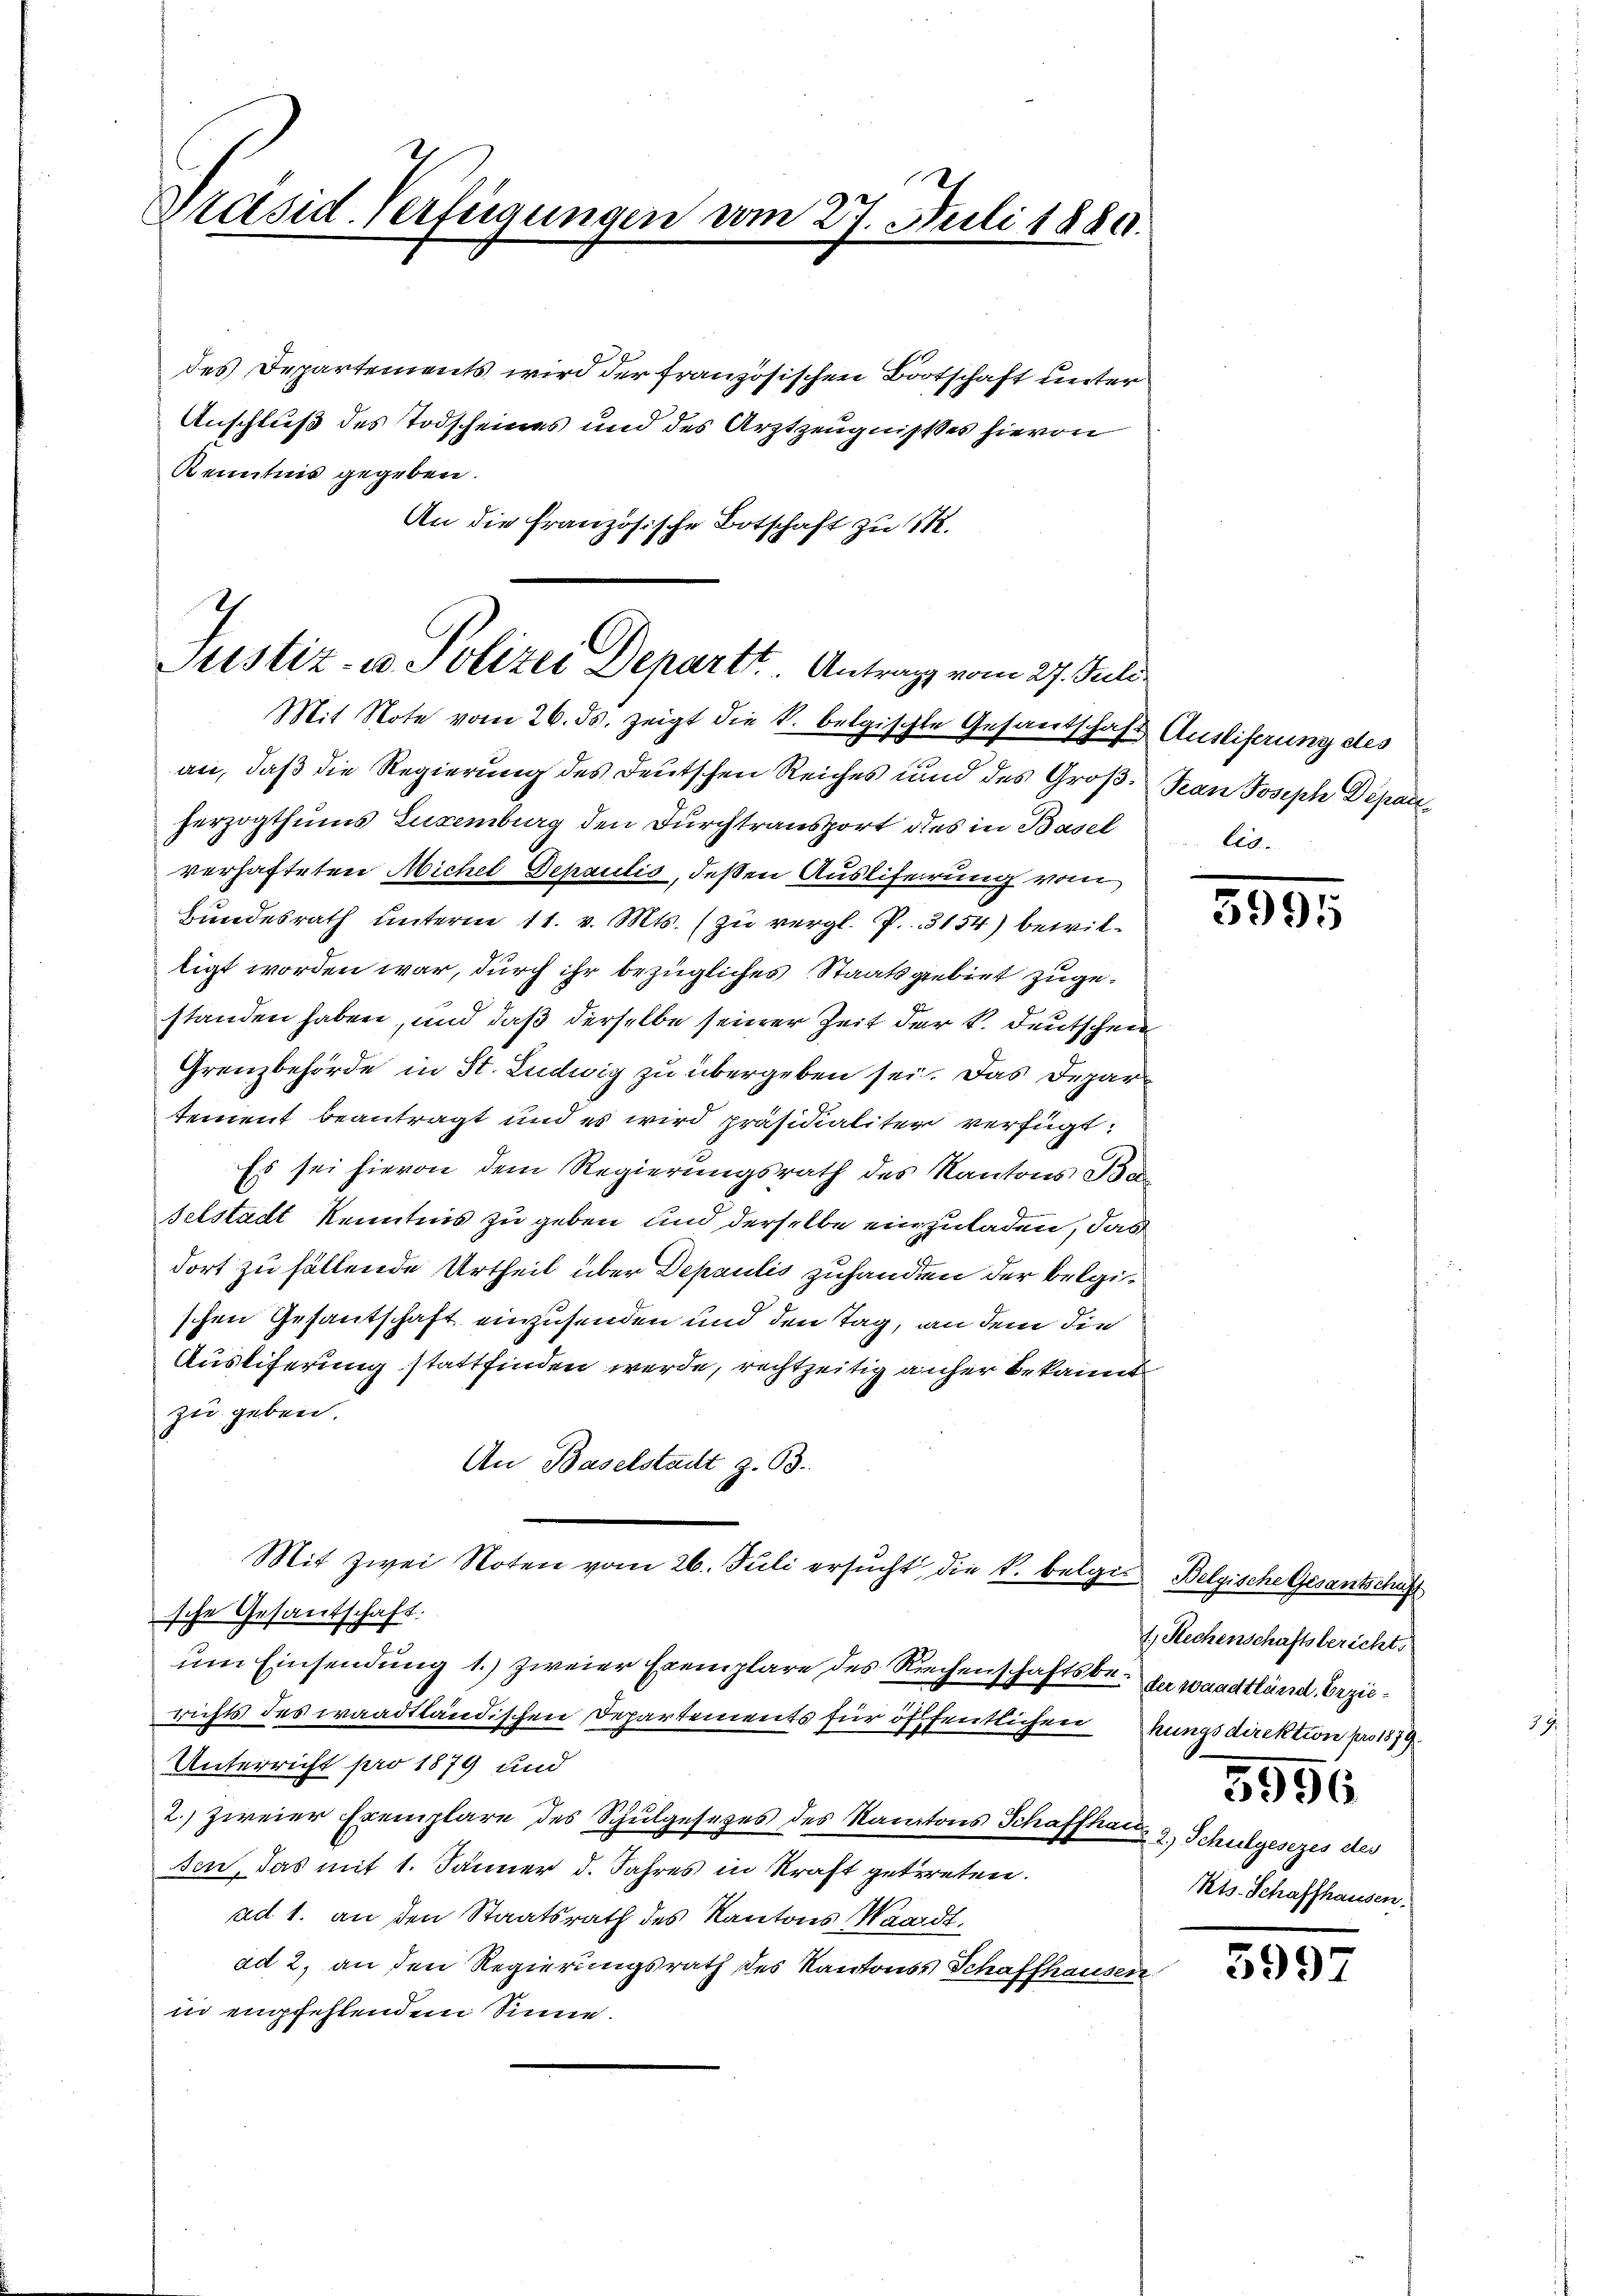
Präsid. Verfügungen

des Departements wird der französischen Botschaft unter
Anschluß des Todscheines und des Arztzeugnisses hievon
Kenntnis gegeben.
An die Französische Botschaft zu 1.

7
Justiz- u. Polizei Departt. Antrags vom 27. Juli
Mit Note vom 26. ds. zeigt die k. belgischte Gesandschaft Ausliferung des

vom 27. Juli 1880.

an, daß die Regierung des Deutschen Reiches und des Groß- San Joseph Deparherzogthums Luxenburg den Durchtransport des in Basel
verhafteten Michel Departis, deßen Auslieferung vom
Bundesrath unterm 11. v. Mts. (zu vergl. P. 3154) bewiltigt worden war, durch ihr bezügliches Staatsgebiet zugestanden haben, und daß derselbe seiner Zeit der k. deutschen
Grenzbehörde in St. Ludwig zu übergeben sei. Das Departement beantragt und es wird präsidialiter verfügt:
Es sei hievon dem Regierungsrath des Kantons Ba
selstadt Kenntnis zu geben und derselbe einzuladen, das
dort zu fällende Urtheil über Depaulis zuhanden der belgischen Gesantschaft einzusenden und den Tag, an dem die
Ausliferung stattfinden werde, rechtzeitig anher bekannt
zu geben.
An Baselstadt Z. 63.
Mit zwei Noten vom 26. Juli ersucht, die k. belger Belgischen Gesanbelauf
sche Gesandschaft.
um Einsendung 1.) zweier Exemplare des Riechenschaftsbe. In waadtländ bezierichts des waadtländischen Departements für öffentlichen hungsdirektion pro 1879
Unterricht pro 1879 und
2.) zweier Exemplare des Schulgesetzes des Kantons Schaffhaus, Schulgesezes des
sen, das mit 1. Jänner d. Jahres in Kraft getreten.
ad 1. an den Staatsrath des Kantons Waardt.
ad 2, an den Regierungsrath des Kantons Schaffhausen.
in empfehlendem Sinne.

bed

3995

1. Rechenschaftsbericht
5956
Kts. Schaffhausen.

399.